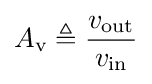
A_{\text{v}}\triangleq {\frac {v_{\text{out}}}{v_{\text{in}}}}